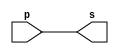
// Exemplo0001 - buffer
// Nome: Tiago Moreira

// -- Buffer

module buffer (output s, input p);
	assign s = p; //criar vinculo permanente (dependencia)
endmodule //buffer

// --testBuffer

module testbuffer;

// ---- dados locais

reg a; //definir registrador (variavel independente)

wire s; //definir conexao (fio) - (variavel dependente)

// ---- instancia

buffer Bf1 (s,a);

// ---- preparacao

initial
	begin:start
	a = 0;
	end
	
// ---- parte principal

initial
	begin:main
	
	//execucao unitaria
	$display ("Exemplo0001 - Tiago Moreira - 438948");
	$display ("Test Buffer\n");
	$display ("\t\t time\ta = s");
	
	//execucao permanente
	$monitor ("%d\t%b = %b",$time,a,s);
	
	// apos uma unidade de tempo mudar o valor do registrador para 1
	#1	a = 1;
	
	// apos duas unidades de tempo mudar o valor do registrador para 0
	#2 a = 0;
	
	end
endmodule //testBuffer

// -- Documentacao complementar
// 
// 		Historico
// Nome					Data				Modificacao
// Exemplo0001			05/08/2011		Esboco Buffer
//
//			Testes e Resultados
//
// Exemplo0001
//			time		a = s
//			0			0 = 0
//			1			1 = 1
//			3			0 = 0